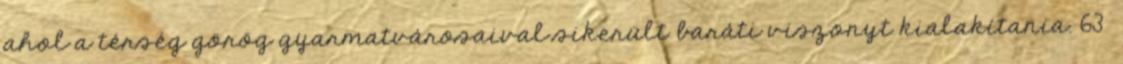
ahol a térség görög gyarmatvárosaival sikerült baráti viszonyt kialakítania. 63